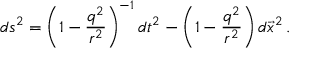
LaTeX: d s ^ { 2 } = \left( 1 - \frac { q ^ { 2 } } { r ^ { 2 } } \right) ^ { - 1 } d t ^ { 2 } - \left( 1 - \frac { q ^ { 2 } } { r ^ { 2 } } \right) d \vec { x } ^ { 2 } \, .